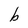
Character: b